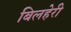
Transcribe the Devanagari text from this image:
बिलहेरी